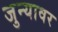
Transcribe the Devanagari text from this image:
जुन्यावर